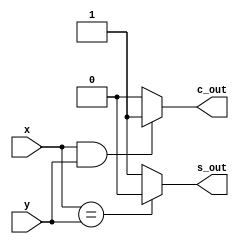
module half_adder (x, y, s_out, c_out);

input x, y;
output s_out, c_out;

reg s_out, c_out;

always @ (x, y)
begin
	if (x == y)
	begin
		s_out = 0;
	end
	else
	begin
		s_out = 1;
	end
end

always @ (x, y)
begin
	if (x == 1 && y == 1)
	begin
		c_out = 1;
	end
	else
	begin
		c_out = 0;
	end
end

endmodule